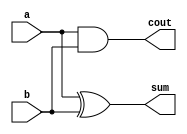
module half_add(a,b,sum,cout); 
  input a,b;
  output sum,cout;
 

  xor x1(sum,a,b);
  and a1(cout,a,b);
endmodule